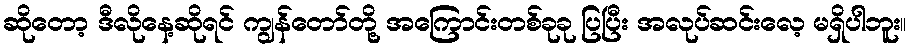
ဆိုတော့ ဒီလိုနေ့ဆိုရင် ကျွန်တော်တို့ အကြောင်းတစ်ခုခု ပြပြီး အလုပ်ဆင်းလေ့ မရှိပါဘူး။